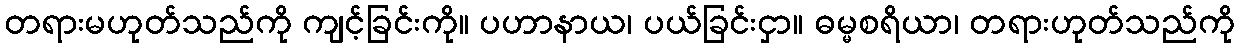
တရားမဟုတ်သည်ကို ကျင့်ခြင်းကို။ ပဟာနာယ၊ ပယ်ခြင်းငှာ။ ဓမ္မစရိယာ၊ တရားဟုတ်သည်ကို